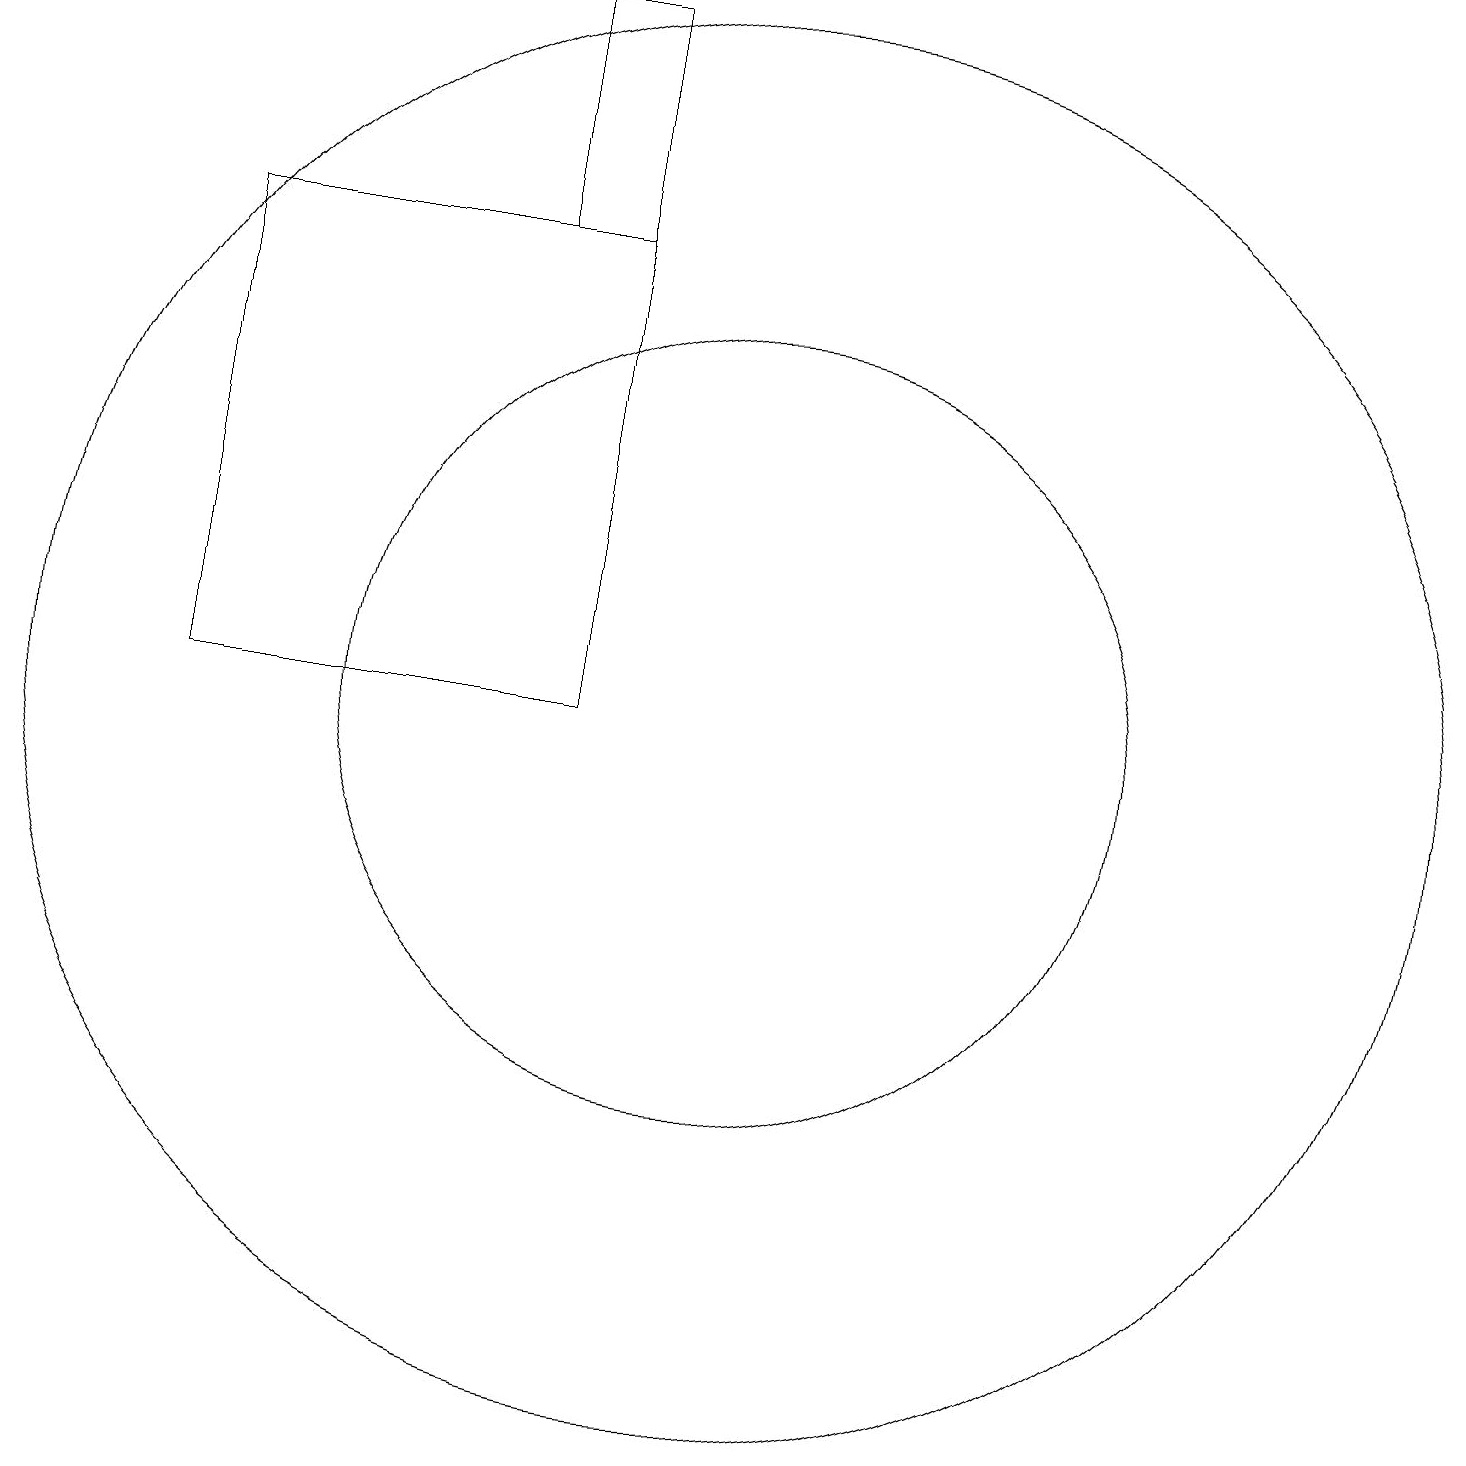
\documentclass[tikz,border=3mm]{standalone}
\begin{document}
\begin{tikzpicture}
\draw (11,10) circle (5);
\draw (11,10) circle (9);
\draw (4,16) rectangle (9,10);
\draw (9,16) rectangle (8,19);
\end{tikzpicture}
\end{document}